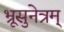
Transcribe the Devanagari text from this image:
भ्रूसुनेत्रम्